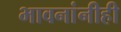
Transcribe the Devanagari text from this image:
भावनांनीही